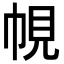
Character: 𭘠